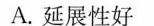
A.延展性好